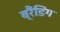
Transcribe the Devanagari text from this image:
ब्रैंडिंग